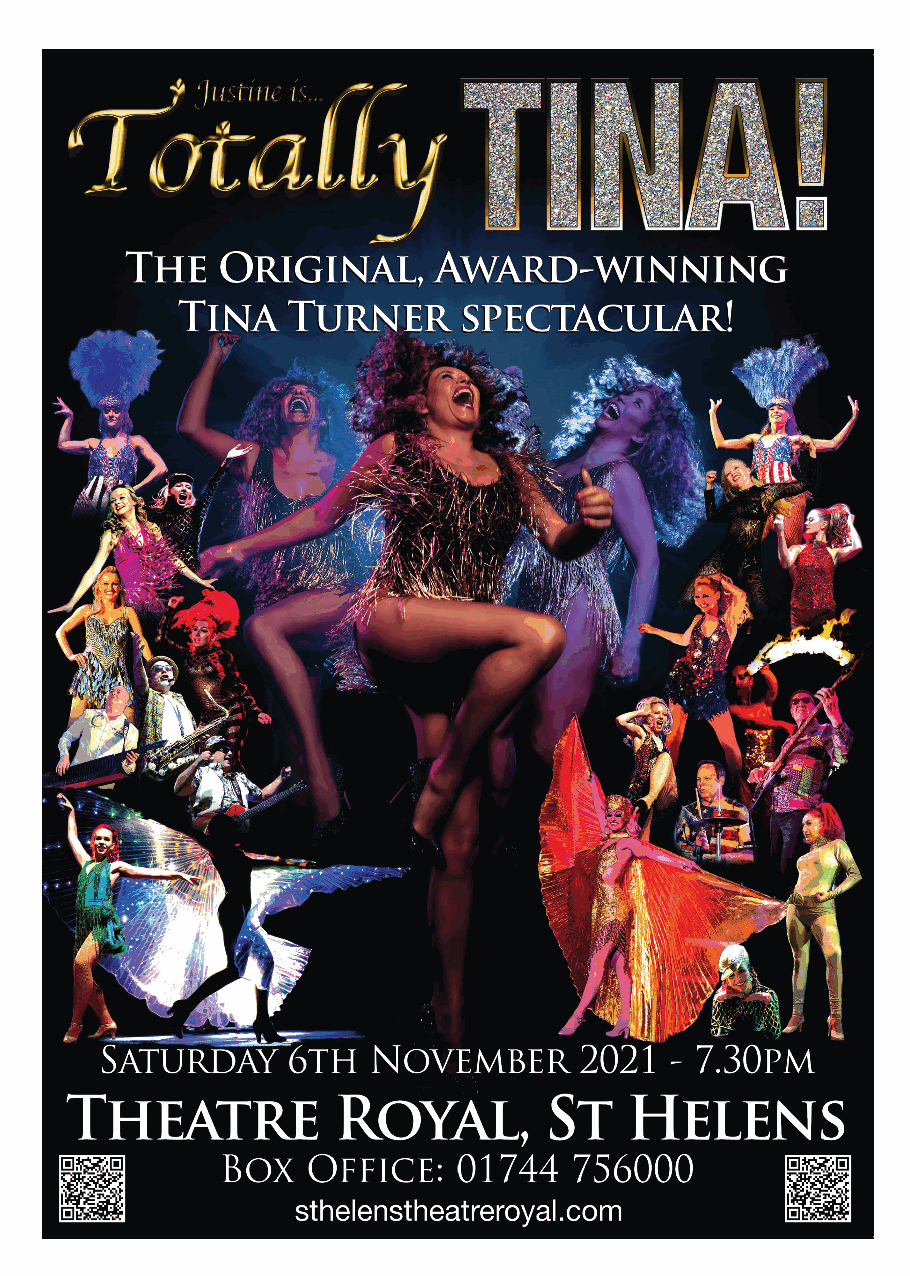
Chester     Rambling       and
 Hill Walking      Club
 31                                                 31